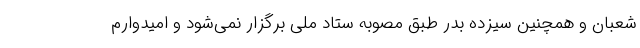
شعبان و همچنین سیزده بدر طبق مصوبه ستاد ملی برگزار نمی‌شود و امیدوارم